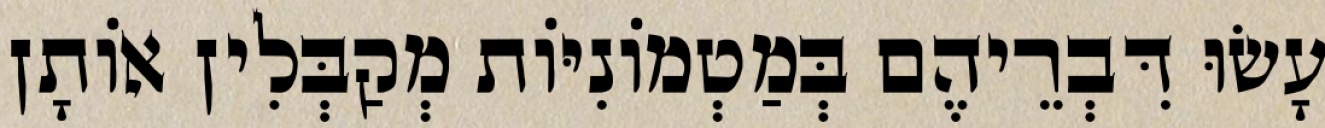
עָשׂוּ דִּבְרֵיהֶם בְּמַטְמוֹנִיּוֹת מְקַבְּלִין אוֹתָן